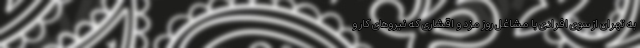
به تهران از سوی افرادی با مشاغل روز مزد و اقشاری که نیروهای کار و